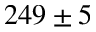
2 4 9 \pm 5